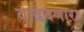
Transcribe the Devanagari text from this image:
वाढवणारा